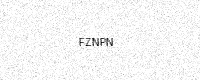
Text: FZNPN